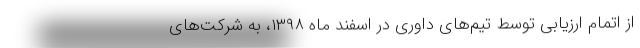
از اتمام ارزیابی توسط تیم‌های داوری در اسفند ماه ۱۳۹۸، به شرکت‌های